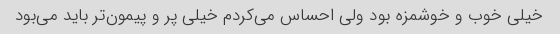
خیلی خوب و خوشمزه بود ولی احساس می‌کردم خیلی پر و پیمون‌تر باید می‌بود